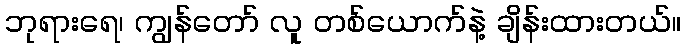
ဘုရားရေ၊ ကျွန်တော် လူ တစ်ယောက်နဲ့ ချိန်းထားတယ်။